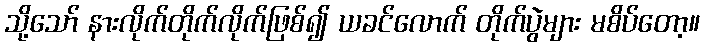
သို့သော် နားလိုက်တိုက်လိုက်ဖြစ်၍ ယခင်လောက် တိုက်ပွဲများ မစိပ်တော့။